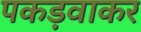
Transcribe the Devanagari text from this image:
पकड़वाकर